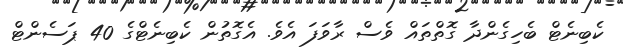
ކެބިނެޓް ބެހިގެންދާ ގޮތްތައް ވެސް ރާވަފަ އެވެ. އެގޮތުން ކެބިނެޓްގެ 40 ޕަސެންޓް